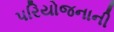
પરિયોજનાની